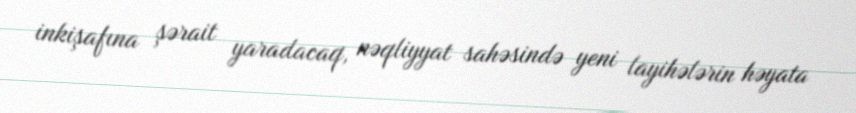
inkişafına şərait yaradacaq, nəqliyyat sahəsində yeni layihələrin həyata